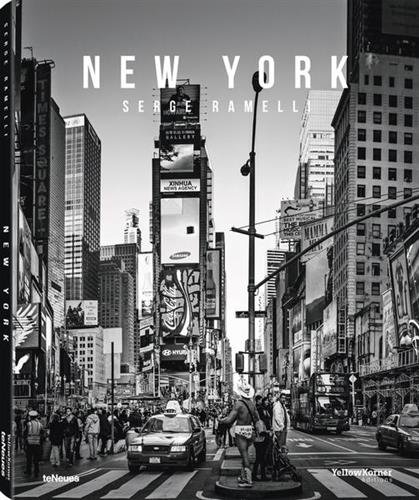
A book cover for New York; Arts & Photography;